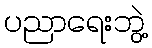
ပညာရေးဘွဲ့